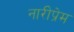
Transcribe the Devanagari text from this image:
नारीप्रेम